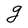
Character: g